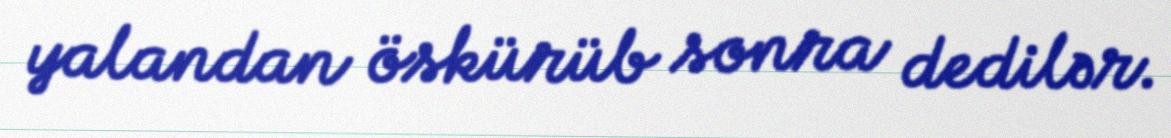
yalandan öskürüb sonra dedilər.